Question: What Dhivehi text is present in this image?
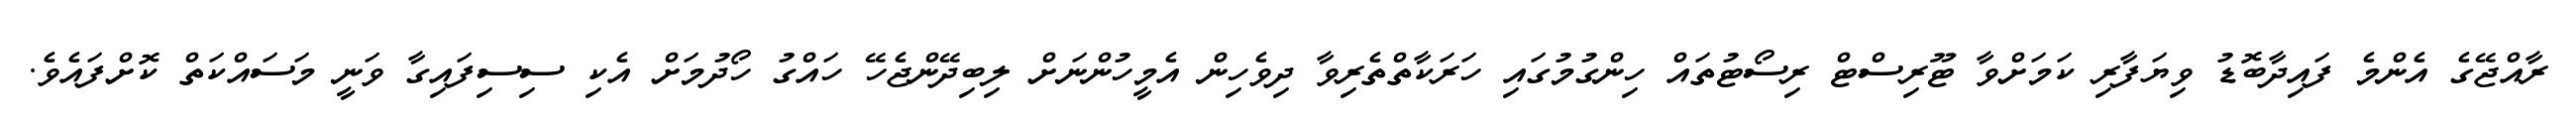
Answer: ރާއްޖޭގެ އެންމެ ފައިދާބޮޑު ވިޔަފާރި ކަމަށްވާ ޓޫރިސްޓް ރިސޯޓުތައް ހިންގުމުގައި ހަރަކާތްތެރިވާ ދިވެހިން އެމީހުންނަށް ލިބިދޭންޖެހޭ ހައްގު ހޯދުމަށް އެކި ސިސިފައިގާ ވަނީ މަސައްކަތް ކޮށްފައެވެ.